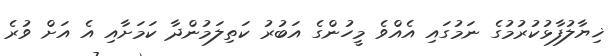
ޚިޔާލުފާޅުކުރުމުގެ ނަމުގައި އެއްވެ މީހުންގެ އަބުރު ކަތިލަމުންދާ ކަމަށާއި އެ އަށް ވުރެ